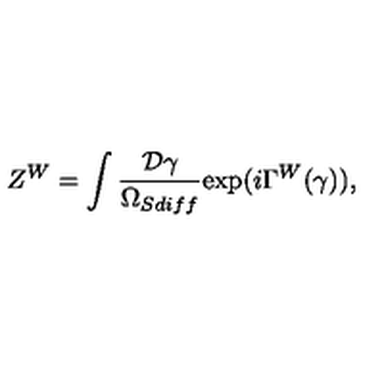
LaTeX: Z ^ { W } = \int { \frac { { \cal D } \gamma } { \Omega _ { S d i f f } } } \mathrm { e x p } ( i \Gamma ^ { W } ( \gamma ) ) ,